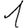
Digit: 1